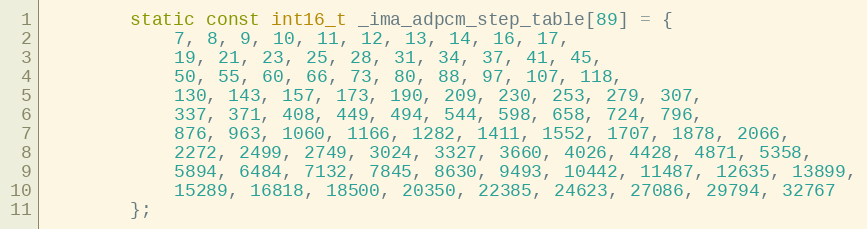
Language: C
		static const int16_t _ima_adpcm_step_table[89] = {
			7, 8, 9, 10, 11, 12, 13, 14, 16, 17,
			19, 21, 23, 25, 28, 31, 34, 37, 41, 45,
			50, 55, 60, 66, 73, 80, 88, 97, 107, 118,
			130, 143, 157, 173, 190, 209, 230, 253, 279, 307,
			337, 371, 408, 449, 494, 544, 598, 658, 724, 796,
			876, 963, 1060, 1166, 1282, 1411, 1552, 1707, 1878, 2066,
			2272, 2499, 2749, 3024, 3327, 3660, 4026, 4428, 4871, 5358,
			5894, 6484, 7132, 7845, 8630, 9493, 10442, 11487, 12635, 13899,
			15289, 16818, 18500, 20350, 22385, 24623, 27086, 29794, 32767
		};